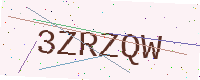
Text: 3ZRZQW